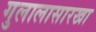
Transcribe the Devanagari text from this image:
गुलालासारखा